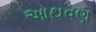
આથવણ